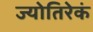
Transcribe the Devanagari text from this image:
ज्योतिरेकं